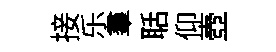
接乐羣聒仰壺